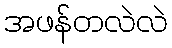
အဖန်တလဲလဲ